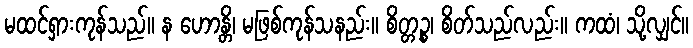
မထင်ရှားကုန်သည်။ န ဟောန္တိ၊ မဖြစ်ကုန်သနည်း။ စိတ္တဉ္စ၊ စိတ်သည်လည်း။ ကထံ၊ သို့လျှင်။